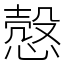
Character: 慤